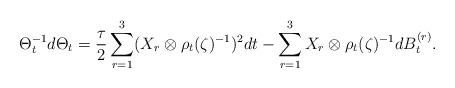
LaTeX: \begin{align*}\Theta_{t}^{-1}d\Theta_{t}=\frac{\tau}{2}\sum_{r=1}^{3}(X_{r}\otimes \rho_{t}(\zeta)^{-1})^{2}dt-\sum_{r=1}^{3}X_{r}\otimes \rho_{t}(\zeta)^{-1} dB_{t}^{(r)}.\end{align*}